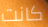
كانت